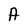
Character: A